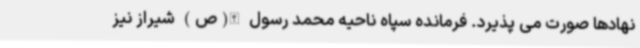
نهادها صورت می پذیرد. فرمانده سپاه ناحیه محمد رسول الله(ص) شیراز نیز